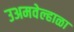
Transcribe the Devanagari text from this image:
उअमवेल्हाळा